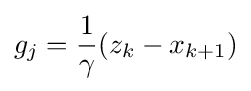
g_{j}={\frac {1}{\gamma }}(z_{k}-x_{k+1})